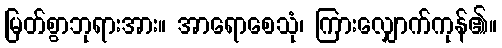
မြတ်စွာဘုရားအား။ အာရောစေသုံ၊ ကြားလျှောက်ကုန်၏။